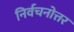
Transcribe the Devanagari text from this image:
निर्वचनोत्तर